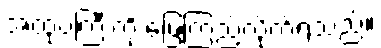
အထုပ်ကြီးကို ဖြေကြည့်လိုက်ရသည်။